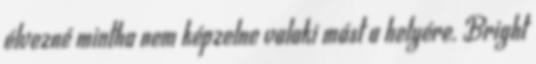
élvezné mintha nem képzelne valaki mást a helyére. Bright